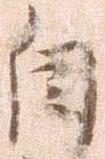
自